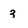
Character: 3